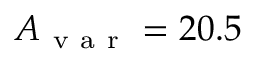
A _ { \mathrm { ~ v ~ a ~ r ~ } } = 2 0 . 5